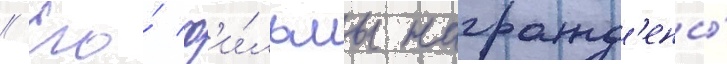
// Его́ ф'и́льмы награжд'ены́